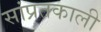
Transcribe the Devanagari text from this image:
सांप्रतकाली